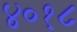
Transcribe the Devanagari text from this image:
४०१८